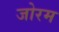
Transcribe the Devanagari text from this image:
जोरम